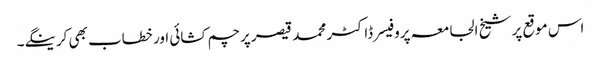
اس موقع پر شیخ الجامعہ پروفیسر ڈاکٹر محمد قیصر پرچم کشائی اور خطاب بھی کرینگے۔